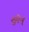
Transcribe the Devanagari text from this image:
शुरेन्